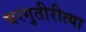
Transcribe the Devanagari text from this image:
घरगुतीरीत्या